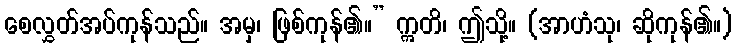
စေလွှတ်အပ်ကုန်သည်။ အမှ၊ ဖြစ်ကုန်၏။” ဣတိ၊ ဤသို့။ (အာဟံသု၊ ဆိုကုန်၏။)